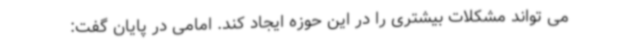
می تواند مشکلات بیشتری را در این حوزه ایجاد کند. امامی در پایان گفت: